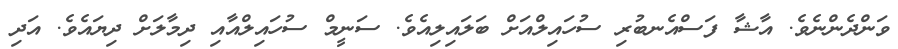
ވަންދެންނެވެ. އާޝާ ފަސްއެނބުރި ސުހައިލްއަށް ބަލައިލިއެވެ. ސަނީމް ސުހައިލްއާއި ދިމާލަށް ދިޔައެވެ. އަދި